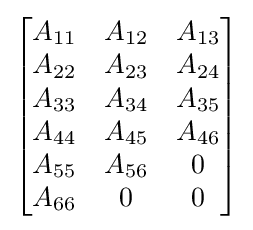
{\begin{bmatrix}A_{11}&A_{12}&A_{13}\\A_{22}&A_{23}&A_{24}\\A_{33}&A_{34}&A_{35}\\A_{44}&A_{45}&A_{46}\\A_{55}&A_{56}&0\\A_{66}&0&0\end{bmatrix}}